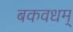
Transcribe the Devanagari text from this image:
बकवधम्